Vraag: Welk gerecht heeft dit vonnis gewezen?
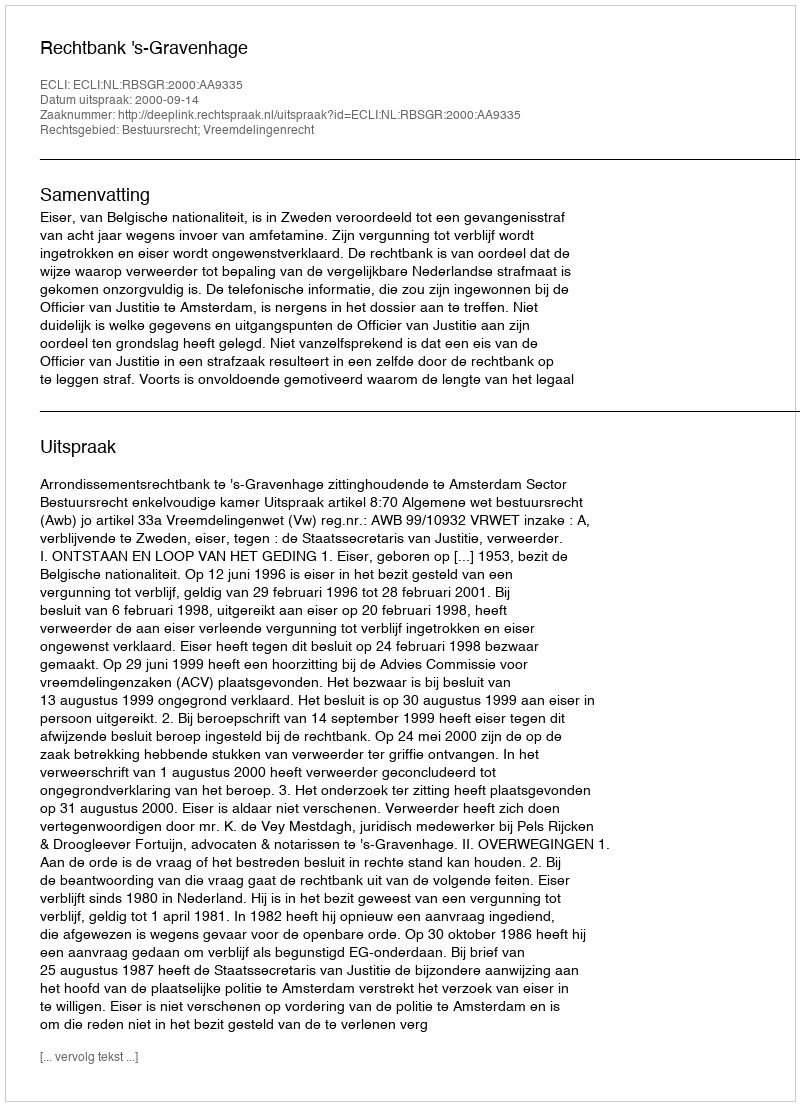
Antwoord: Rechtbank 's-Gravenhage